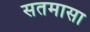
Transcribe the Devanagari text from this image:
सतमासा